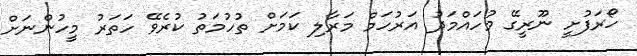
ހޯރަފުށީ ނޫރީގޭ މުހައްމަދު އަރުހަމް މަރާލި ކަމަށް ތުހުމަތު ކުރެވޭ ހަތަރު މީހުންނަށް